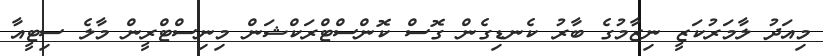
މިއަދު ލާމަރުކަޒީ ނިޒާމުގެ ބާރު ކެނޑިގެން ގޮސް ކޮންސްޓްރަކްޝަން މިނިސްޓްރީން މާލެ ސިޓީއާ